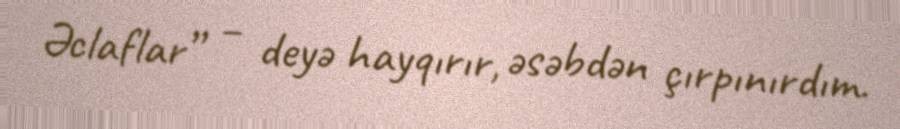
Əclaflar” – deyə hayqırır, əsəbdən çırpınırdım.